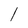
Character: l